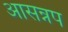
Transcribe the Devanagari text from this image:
आसन्नप